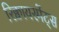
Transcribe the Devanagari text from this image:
रिक्वायरमेंट्स